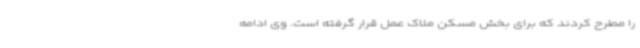
را مطرح کردند که برای بخش مسکن ملاک عمل قرار گرفته است. وی ادامه